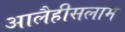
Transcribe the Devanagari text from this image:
आलैहीसलाम